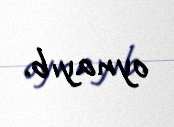
oynayıb.